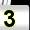
Digit: 3